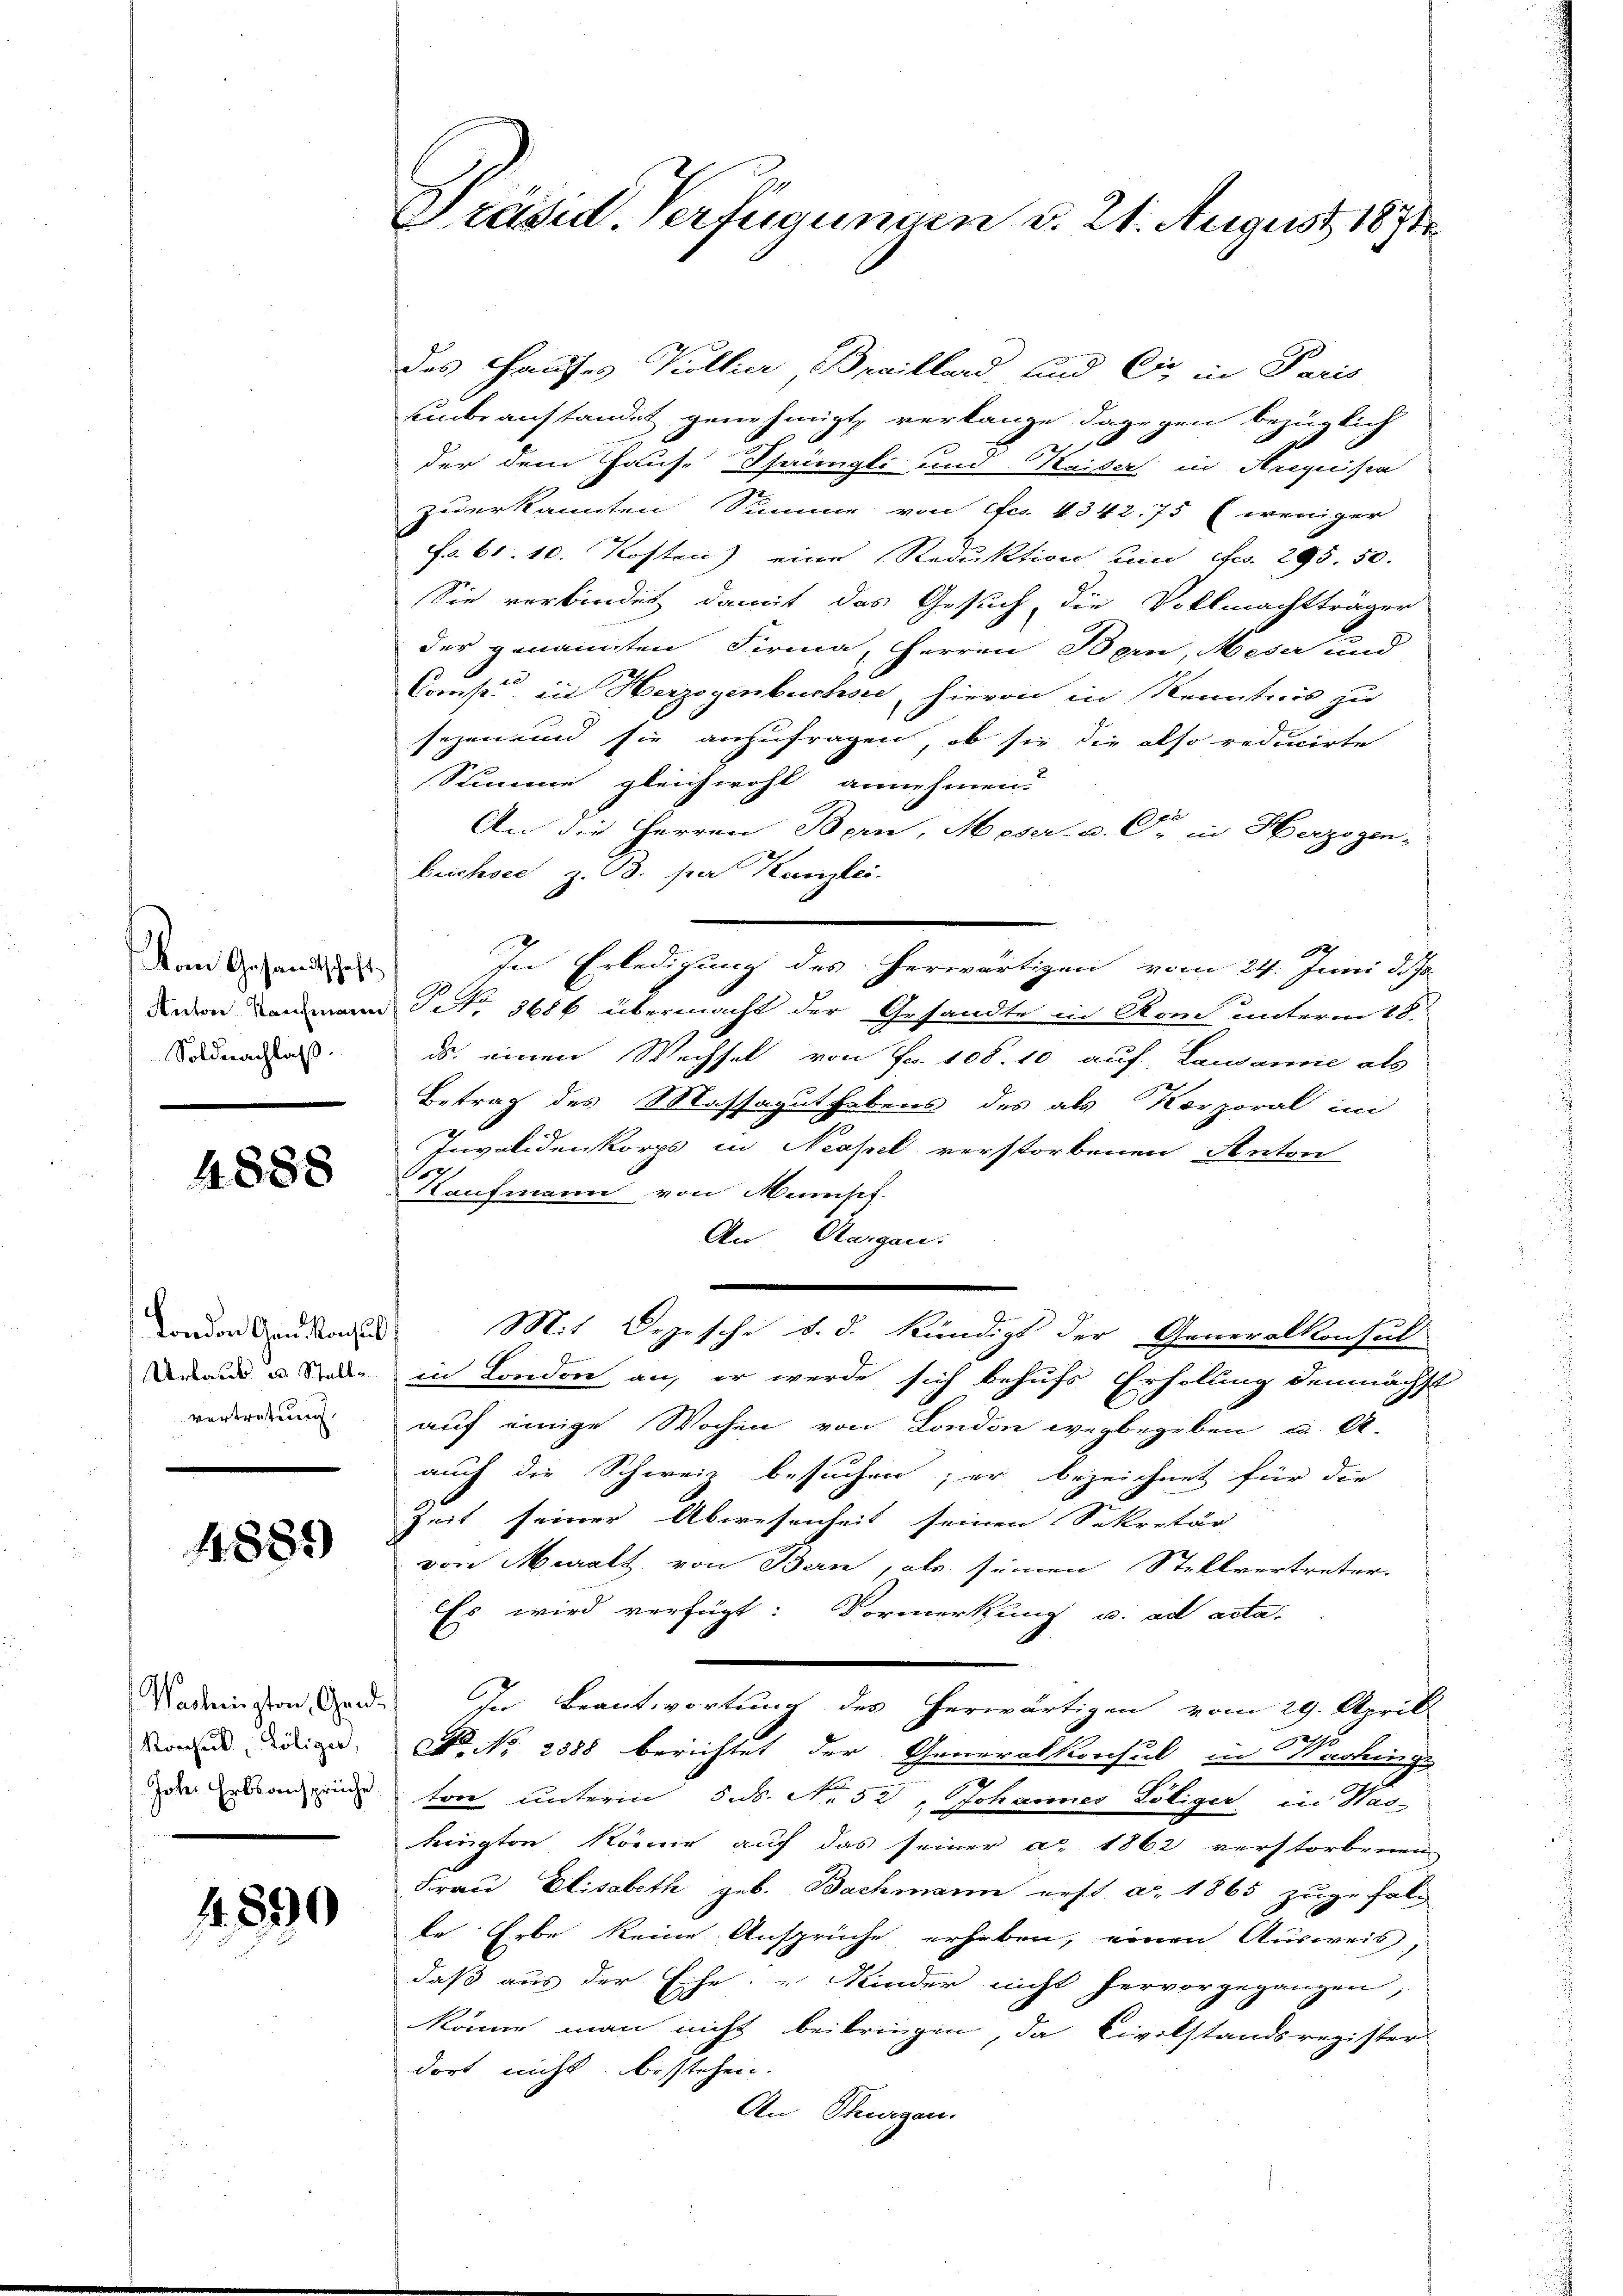
Vom Gesandtschaft
Soldnachlaß.

4888

London Gen. Konsul
vertretung

4889

.890

Präsid. Verfügungen d. 21. August 1871

des Hauses Kollier, Breillard und Cie in Paris
unbeanstandet genehmigt, verlange, dagegen bezüglich
2
der dem Hause Sprüngli und Waiser in Arequisia
zuerkannten Summe von Fr. 4342. 75 (weniger
Fr. 61. 10. Kosten) eine Reduktion um Fr. 295. 50.
Sie verbindet damit das Gesuch die Vollmachtträger
der genannten Firma Herren Bern, Meser und
Comp. ein Herzogenbuchen, hievon in Kenntnis zu
sezen und sie anzufragen, ob sie die also reducirte
Summe gleichwohl annehmen.
f
An die Herren Bern, Meser- u. C. in Herzogen-
brichsee z. B. par Kanzlei.
2
In Erledigung des herwärtigen vom 24. Juni d. Js.
davon Baumann Petr. 3686 übermacht der Gesandte in Rom unterm 18.
ds. einen Wechsel von Fr. 108. 10. auf Lawamie als
Betrag des Massagut habens des als Korporal im
Invalidenkorps in Neapel verstorbenen Anton
S
Kaufmann von Mensch
An Aargau.
e
Mit Depesche d. d. Kündigs der Generalkonsul
Arand u. in London an, er werde sich behufs Erholung demnächst
auf einige Wochen von London wegbegeben u. A.
auch die Schweiz besuchen; er bezeichnet für die
Zeit seiner Abwesenheit seinen Sekretär
von Muralt, von Bern, als seinen Stellvertreter-
Es wird verfügt: Vormerkung u. ad acta.
Madristen Garde. In Beantwortung des herwärtigen vom 29. Aprill
72
Mone eige No No 2388 berichtet der Generalkonsul in Washinge
des Erben eine ton unterm 5. No. 53, Johannes Loliger, in Has-
krügten könne auf das seiner a. 1862 verstorbenen
Frau Elisabeth geb. Bachmann erst. a. 1865 zugefal-
le Erbe keine Ansprüche erheben, einen Ausweis,
daß aus der Eche: „Kinder nicht hervorgegangen,
könne man nicht beibringen, da Civilstandsregister
dort nicht bestehen.
An Thurgen.